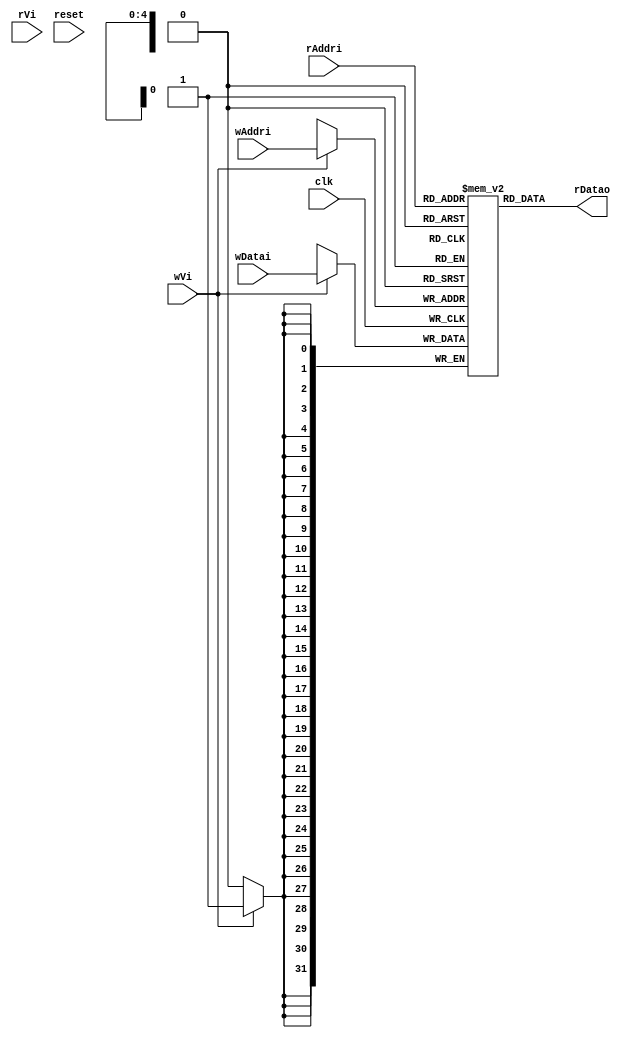
// Generator : SpinalHDL v1.7.3    git head : aeaeece704fe43c766e0d36a93f2ecbb8a9f2003
// Component : Mem1r1w

`timescale 1ns/1ps

module Mem1r1w (
  input               wVi,
  input      [4:0]    wAddri,
  input      [31:0]   wDatai,
  input               rVi,
  input      [4:0]    rAddri,
  output     [31:0]   rDatao,
  input               clk,
  input               reset
);

  wire       [31:0]   _zz_mem_port0;
  (* ram_style = "distributed" *) reg [31:0] mem [0:31];

  assign _zz_mem_port0 = mem[rAddri];
  always @(posedge clk) begin
    if(wVi) begin
      mem[wAddri] <= wDatai;
    end
  end

  assign rDatao = _zz_mem_port0;

endmodule